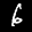
Label: 6